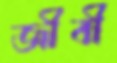
জীবী